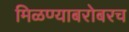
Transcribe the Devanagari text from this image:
मिळण्याबरोबरच